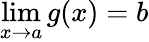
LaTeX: \operatorname*{lim}_{x\to a}g(x)=b